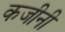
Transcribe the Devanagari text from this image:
कजीनी